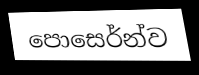
පොසෙර්න්ව